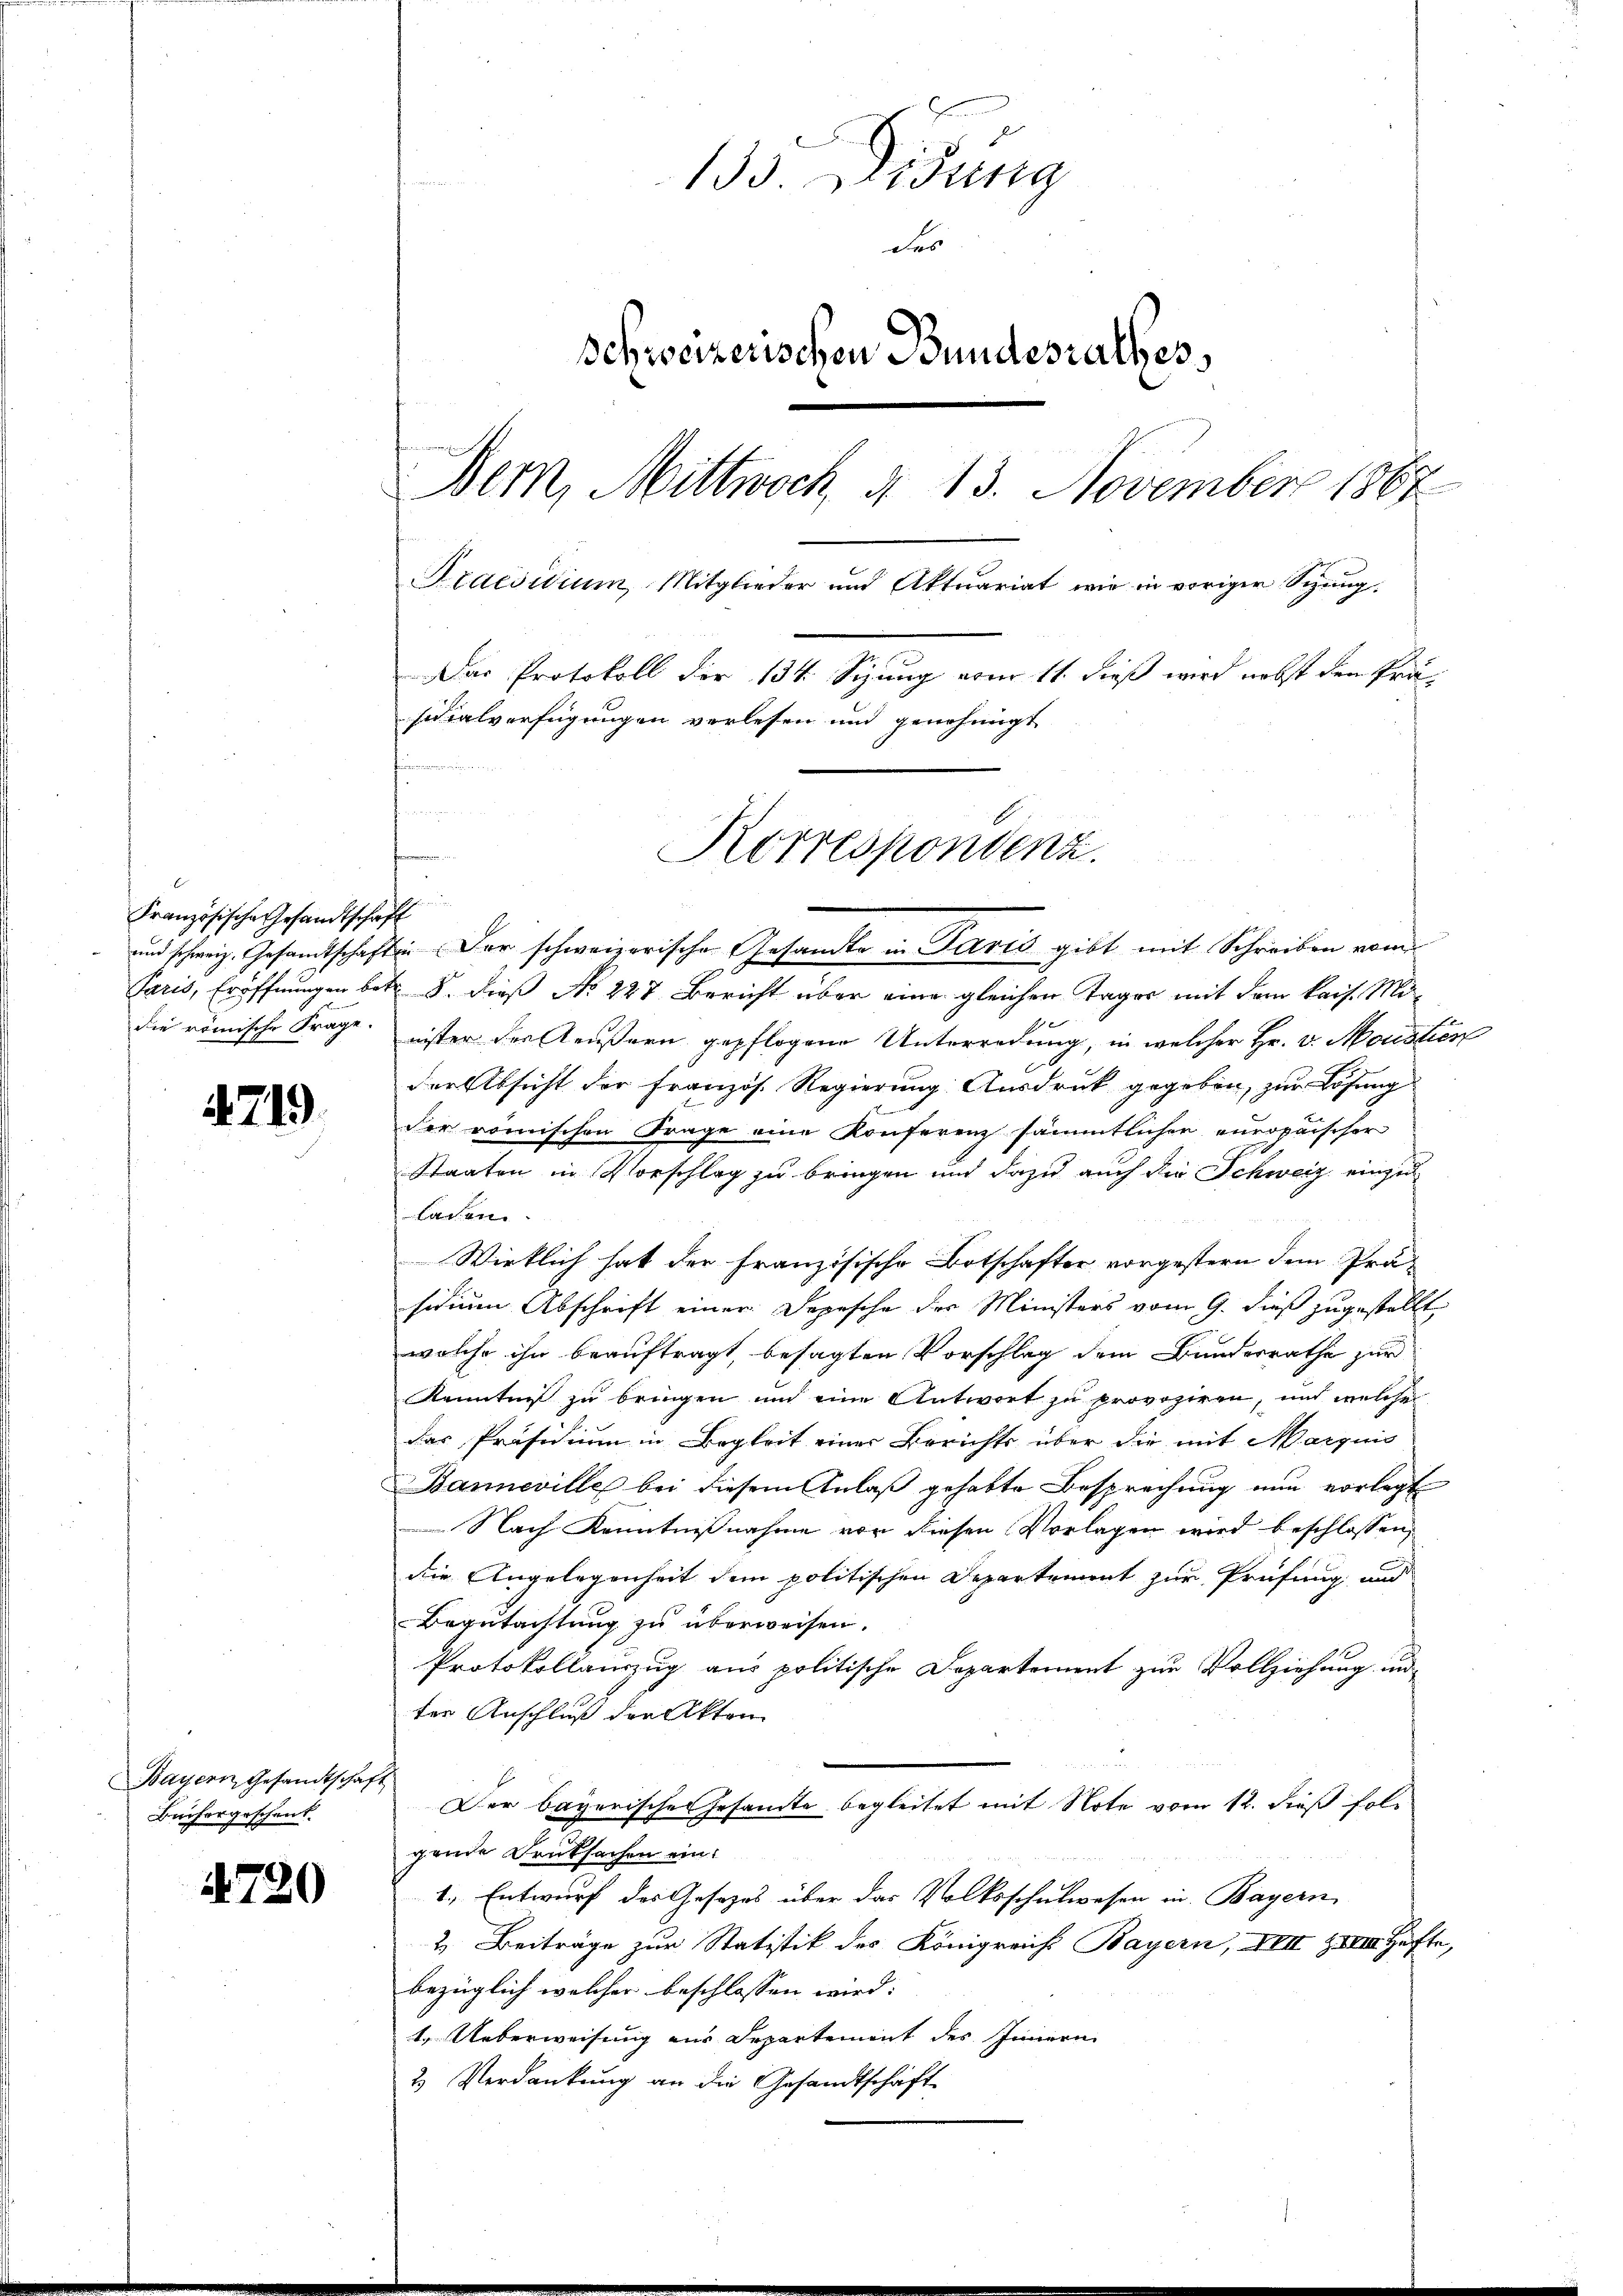
Französische Gesandtschaft

4719.

Bayern Gesandtschaft
Bächergeschenk

4720

und schweiz. Gesandtschaft. Der schweizerische Gesandte in Paris gibt mit Schreiben vom
Paris, Eröffnungen betr. 8. dieß No 227 Bericht über eine gleichen Tages mit dem kais. Midie römische Frage, nister der Aeußern gepflogene Unterredung, in welcher Hr. v. Moristien
der Absicht der Französ. Regierung Ausdruck gegeben, zur Lösung
der römischen Frage eine Konferenz sämmtlichen europäischer
Staaten in Vorschlag zu bringen und dazu auch die Schweiz einzu-
lachen
Wirklich hat der französische Botschafter vorgestern dem Präsidium Abschrift einer Depesche der Ministers vom 9. dieß zugestellt
welche ihn beauftragt, besagten Vorschlag dem Bundesrathe zur
Kenntniß zu bringen und eine Antwort zu provoziren, und welche
das Präsidium in Begleit einer Berichts über die mit Marquis
Banneville bei diesem Anlaß gehabte Besprechung nun vorlegt
Nach Kenntnißnahme vor diesen Vorlagen wird beschlossen,
die Angelegenheit dem politischen Departement zur Prüfung und
Begutachtung zu überweisen.
Protokollauszug aus politische Departement zur Vollziehung un
ter Anschluß der Akten
Der bayerisches Gesamte begleitet mit Note vom 12. dieß folgende Drucksachen ein.
1., Entwurf des Gesezes über das Volksschulwesen in Bayern,
2. Beiträge zur Statistik des Königreich Bayern, XIII XXVIII. Hefte,
bezüglich welcher beschlossen wird. |
1. Ueberweisung aus Departement des Innern
2 Verdankung an die Gesandtschaft

135. Didung
des
Schweizerischen Bundesrathes,
Bem, Mittwoch d. 13. November 1887
Praesidium, Mitglieder und Aktuariat wie in voriger Schŭng.
Das Protokoll der 134. Sizung vom 11. dieß wird nebst dem Präsidialverfügungen verlesen und genehmigt
.
E
frommen
Korrespondenz.